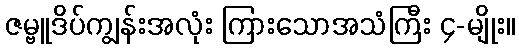
ဇမ္ဗူဒိပ်ကျွန်းအလုံး ကြားသောအသံကြီး ၄-မျိုး။